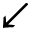
\swarrow